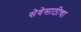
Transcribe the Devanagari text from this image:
सेवेसाठीचा